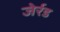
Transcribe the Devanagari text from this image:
जेर्रड